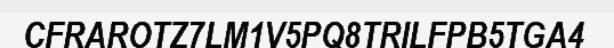
CFRAROTZ7LM1V5PQ8TRILFPB5TGA4